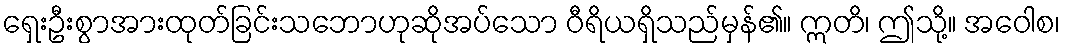
ရှေးဦးစွာအားထုတ်ခြင်းသဘောဟုဆိုအပ်သော ဝီရိယရှိသည်မှန်၏။ ဣတိ၊ ဤသို့။ အဝေါစ၊